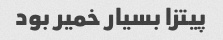
پیتزا بسیار خمیر بود